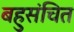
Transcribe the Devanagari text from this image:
बहुसंचित